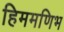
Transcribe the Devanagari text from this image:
हिममणिभ